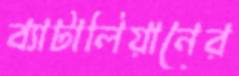
ব্যাটালিয়ানের